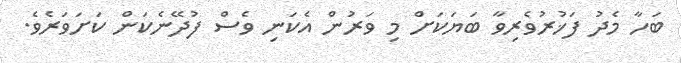
ބަހާ މެދު ފަޚުރުވެރިވާ ބަޔަކަށް މި ވަރުން އެކަނި ވެސް ފުދޭނެކަން ކަށަވަރެވެ.